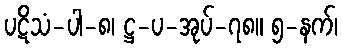
ပဋိသံ-ပါ-၈၊ ဋ္ဌ-ပ-အုပ်-၇၈။ ၅-နက်၊